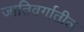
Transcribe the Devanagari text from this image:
जातिवर्गातील